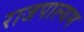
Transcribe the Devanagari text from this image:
राजपाल्यम